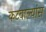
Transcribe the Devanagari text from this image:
कटवाल्यांस